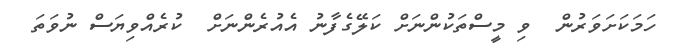
ހަމަކަށަވަރުން  ވި މީސްތަކުންނަށް ކަލޭގެފާނު އެއުރެންނަށް  ކުރެއްވިޔަސް ނުވަތަ